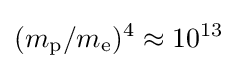
(m_{\text{p}}/m_{\text{e}})^{4}\approx 10^{13}